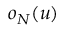
o _ { N } ( u )